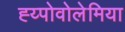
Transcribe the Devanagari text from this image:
ह्य्पोवोलेमिया